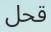
قحل